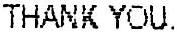
THANK YOU.